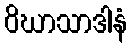
ဝိဃာသာဒါနံ